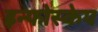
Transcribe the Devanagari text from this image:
इन्फोस्केप